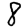
Digit: 8